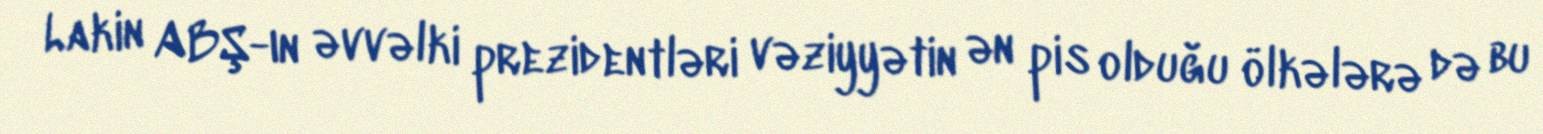
Lakin ABŞ-ın əvvəlki prezidentləri vəziyyətin ən pis olduğu ölkələrə də bu